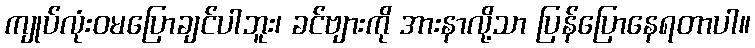
ကျုပ်လုံးဝမပြောချင်ပါဘူး၊ ခင်ဗျားကို အားနာလို့သာ ပြန်ပြောနေရတာပါ။